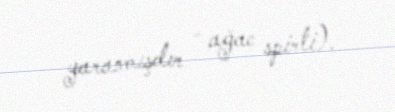
yaranmışdır - ağac spirti).